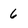
Character: 6